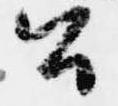
公